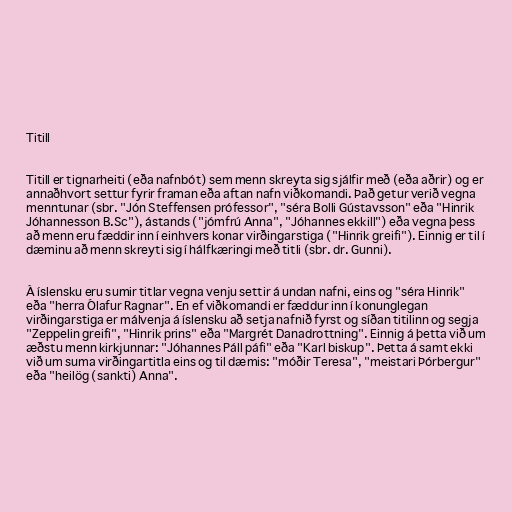
Titill

Titill er tignarheiti (eða nafnbót) sem menn skreyta sig sjálfir með (eða aðrir) og er
annaðhvort settur fyrir framan eða aftan nafn viðkomandi. Það getur verið vegna
menntunar (sbr. "Jón Steffensen prófessor", "séra Bolli Gústavsson" eða "Hinrik
Jóhannesson B.Sc"), ástands ("jómfrú Anna", "Jóhannes ekkill") eða vegna þess
að menn eru fæddir inn í einhvers konar virðingarstiga ("Hinrik greifi"). Einnig er til í
dæminu að menn skreyti sig í hálfkæringi með titli (sbr. dr. Gunni).

Á íslensku eru sumir titlar vegna venju settir á undan nafni, eins og "séra Hinrik"
eða "herra Ólafur Ragnar". En ef viðkomandi er fæddur inn í konunglegan
virðingarstiga er málvenja á íslensku að setja nafnið fyrst og síðan titilinn og segja
"Zeppelin greifi", "Hinrik prins" eða "Margrét Danadrottning". Einnig á þetta við um
æðstu menn kirkjunnar: "Jóhannes Páll páfi" eða "Karl biskup". Þetta á samt ekki
við um suma virðingartitla eins og til dæmis: "móðir Teresa", "meistari Þórbergur"
eða "heilög (sankti) Anna".